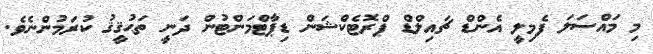
މި މައްސަލަ ފެމިލީ އެންޑް ޗައިލްޑް ޕްރޮޓެކްޝަން ޑިޕާޓްމަންޓުން ދަނީ ތަޙުޤީޤު ކުރަމުންނެވެ.